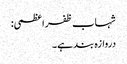
شہاب ظفر اعظمی:
دروازہ بند ہے۔